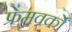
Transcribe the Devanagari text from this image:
फ्रेमवर्कों